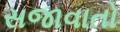
સજાવાતો